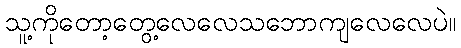
သူ့ကိုတော့တွေ့လေလေသဘောကျလေလေပဲ။